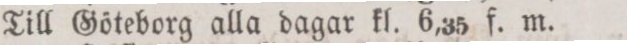
Till Göteborg alla dagar kl. 6,35 f. m.